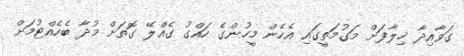
ގަވާއިދާ ޚިލާފަށް މަގުމަތީގައި އެހެން މީހުންގެ ހައްގު ގެއްލޭ ގޮތަށް މުދާ ބެހެއްޓުމަށް